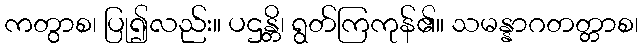
ကတွာစ၊ ပြု၍လည်း။ ပဌန္တိ၊ ရွတ်ကြကုန်၏။ သမန္နာဂတတ္တာစ၊